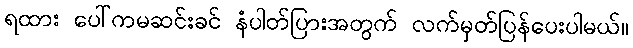
ရထား ပေါ်ကမဆင်းခင် နံပါတ်ပြားအတွက် လက်မှတ်ပြန်ပေးပါမယ်။